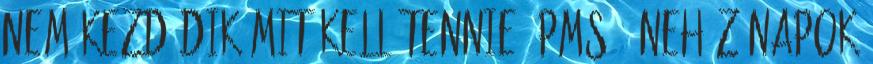
nem kezdődik mit kell tennie? PMS – nehéz napok